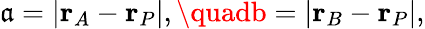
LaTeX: \mathfrak{a}=|\mathbf{{r}}_{A}-\mathbf{{r}}_{P}|,\quadb=|\mathbf{{r}}_{B}-\mathbf{{r}}_{P}|,